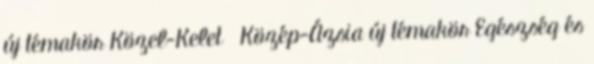
új témakör Közel-Kelet Közép-Ázsia új témakör Egészség és